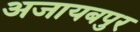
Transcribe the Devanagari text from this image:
अजायबपुर